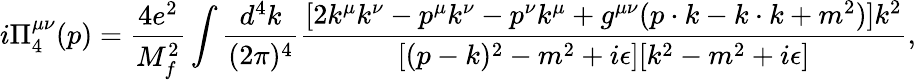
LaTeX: i\Pi_{4}^{\mu\nu}(p)=\frac{4e^{2}}{M_{f}^{2}}\int\frac{d^{4}k}{(2\pi)^{4}}\frac{[2k^{\mu}k^{\nu}-p^{\mu}k^{\nu}-p^{\nu}k^{\mu}+g^{\mu\nu}(p\cdot k-k\cdot k+m^{2})]k^{2}}{[(p-k)^{2}-m^{2}+i\epsilon][k^{2}-m^{2}+i\epsilon]},